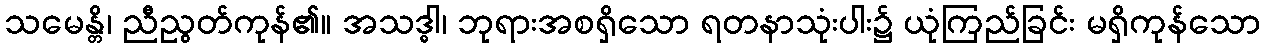
သမေန္တိ၊ ညီညွတ်ကုန်၏။ အသဒ္ဓါ၊ ဘုရားအစရှိသော ရတနာသုံးပါး၌ ယုံကြည်ခြင်း မရှိကုန်သော